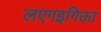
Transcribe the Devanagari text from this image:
लएगइगिक्ता